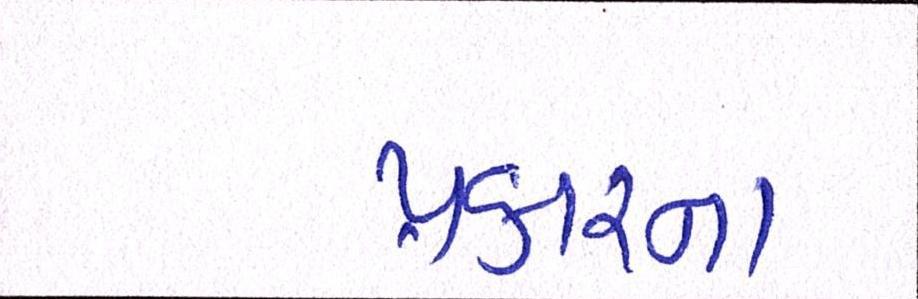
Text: પ્રકારના